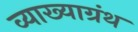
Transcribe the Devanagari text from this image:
व्याख्याग्रंथ